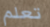
تعلم